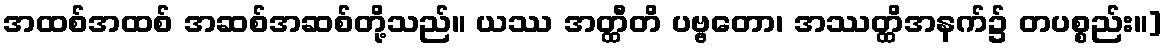
အထစ်အထစ် အဆစ်အဆစ်တို့သည်။ ယဿ အတ္ထီတိ ပဗ္ဗတော၊ အဿတ္ထိအနက်၌ တပစ္စည်း။]